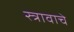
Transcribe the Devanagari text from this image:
स्त्रावाचे